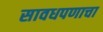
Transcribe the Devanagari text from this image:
सावधपणाचा